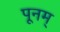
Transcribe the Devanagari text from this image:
पूनम्